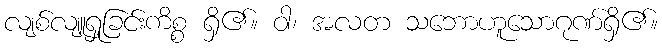
လျစ်လျူရှုခြင်းကိစ္စ ရှိ၏။ ဝါ၊ အလတ သဘောဟူသောဂုဏ်ရှိ၏။